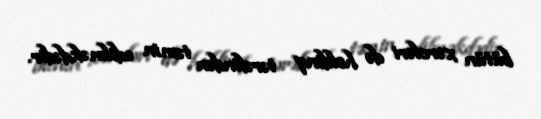
bütün xərcləri də holdinq tərəfindən təmin edilməkdədir.